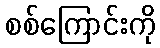
စစ်ကြောင်းကို